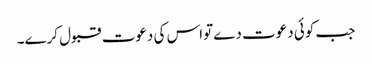
جب کوئی دعوت دےتواس کی دعوت قبول کرے۔